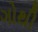
ગોથી